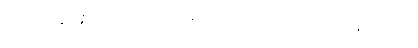
ယထာပရိစ္ဆိန္နေန၊ သော။ ကာယေန၊ ဖြင့်။ ကာယံ၊ ကို။ အာမသန္တိယာပိ၊ သုံ